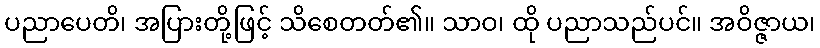
ပညာပေတိ၊ အပြားတို့ဖြင့် သိစေတတ်၏။ သာဝ၊ ထို ပညာသည်ပင်။ အဝိဇ္ဇာယ၊